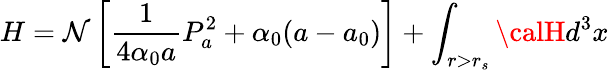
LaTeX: H=\mathcal{N}\left[\frac{{1}}{{4\alpha_{0}a}}P_{a}^{2}+\alpha_{0}(a-a_{0})\right]+\int_{r>r_{s}}{\calH}d^{3}x